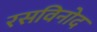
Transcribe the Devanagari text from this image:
रसविनोद